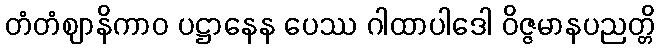
တံတံဈာနိကာဝ ပဋ္ဌာနေန ပေဿ ဂါထာပါဒေါ ဝိဇ္ဇမာနပညတ္တိ